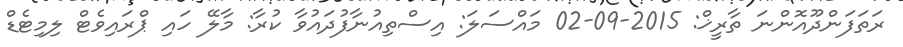
ރަތަފަންދޫއޮންނަ ތާރީޚް: 2015-09-02 މައްސަލަ: އިސްތިއުނާފުދައުވާ ކުރާ: މާލޭ ހައި ޕްރައިވެޓް ލިމިޓެޑް